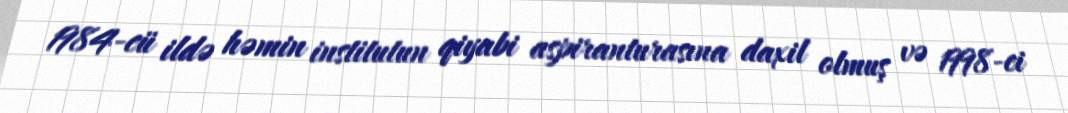
1984-cü ildə həmin institutun qiyabi aspiranturasına daxil olmuş və 1998-ci